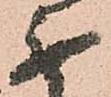
無